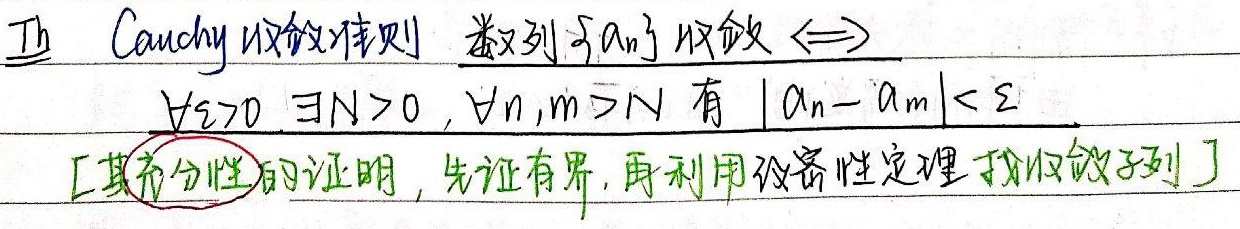
Th Cauchy收敛准则 数列$\{a_n\}$收敛$\Longleftrightarrow$
$\forall \varepsilon>0\ \exists N>0,\forall n,m > N$ 有 $|a_n - a_m|<\varepsilon$
[其充分性的证明，先证有界，再利用致密性定理找收敛子列]